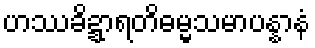
ဟဿခိဍ္ဍာရတိဓမ္မသမာပန္နာနံ